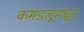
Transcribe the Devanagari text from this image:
कमंडलूमधून